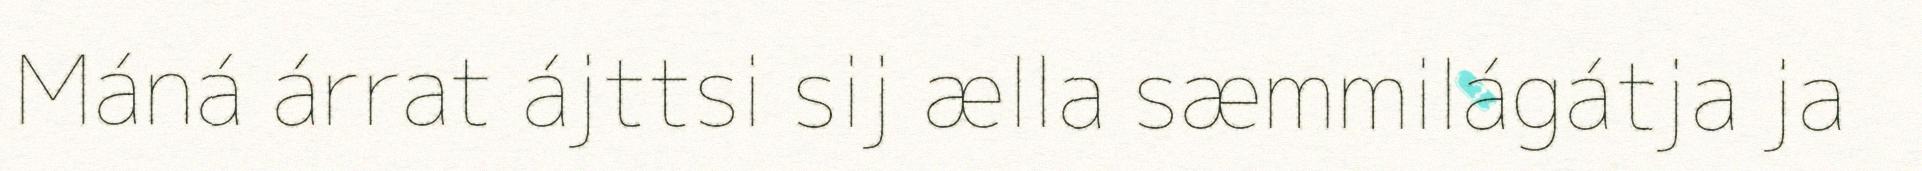
Máná árrat ájttsi sij ælla sæmmilágátja ja